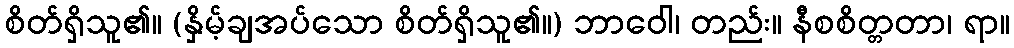
စိတ်ရှိသူ၏။ (နှိမ့်ချအပ်သော စိတ်ရှိသူ၏။) ဘာဝေါ၊ တည်း။ နီစစိတ္တတာ၊ ရာ။